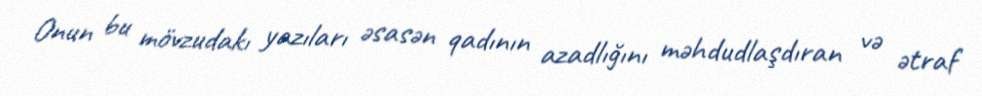
Onun bu mövzudakı yazıları əsasən qadının azadlığını məhdudlaşdıran və ətraf